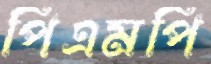
পিএমপি